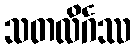
သတလိင်္ဂဿ